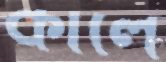
কালে